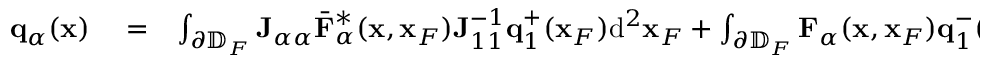
\begin{array} { r l r } { { \bf q } _ { \alpha } ( { \bf x } ) } & { { } = } & { \int _ { \partial \mathbb { D } _ { F } } { \bf J } _ { \alpha \alpha } { { \bar { \bf F } } } _ { \alpha } ^ { * } ( { \bf x } , { \bf x } _ { F } ) { \bf J } _ { 1 1 } ^ { - 1 } { \bf q } _ { 1 } ^ { + } ( { \bf x } _ { F } ) \mathrm { d } ^ { 2 } { \bf x } _ { F } + \int _ { \partial \mathbb { D } _ { F } } { \bf F } _ { \alpha } ( { \bf x } , { \bf x } _ { F } ) { \bf q } _ { 1 } ^ { - } ( { \bf x } _ { F } ) \mathrm { d } ^ { 2 } { \bf x } _ { F } } \end{array}